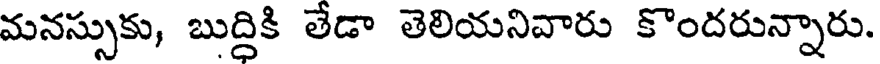
మనస్సుకు, బుద్ధికి లేడా తెలియనివారు కొందరున్నారు.